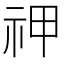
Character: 𬒱